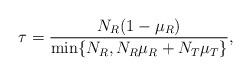
LaTeX: \begin{align*}\tau=\frac{N_R(1-\mu_R)}{\min\{N_R,N_R\mu_R+N_T\mu_T\}},\end{align*}